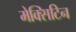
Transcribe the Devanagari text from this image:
मेक्सिटिन